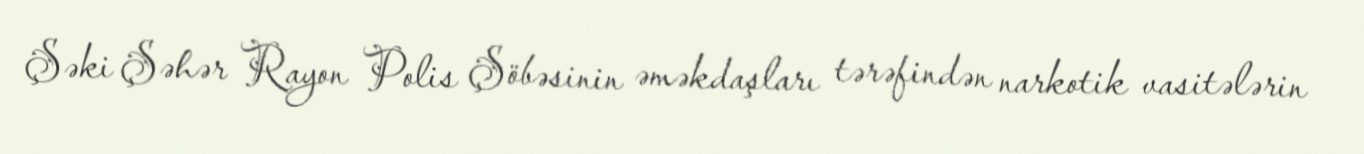
Şəki Şəhər Rayon Polis Şöbəsinin əməkdaşları tərəfindən narkotik vasitələrin